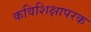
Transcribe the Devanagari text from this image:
कविशिक्षापरक